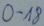
Text: 0-18